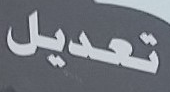
تعديل